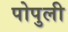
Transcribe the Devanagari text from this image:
पोपुली